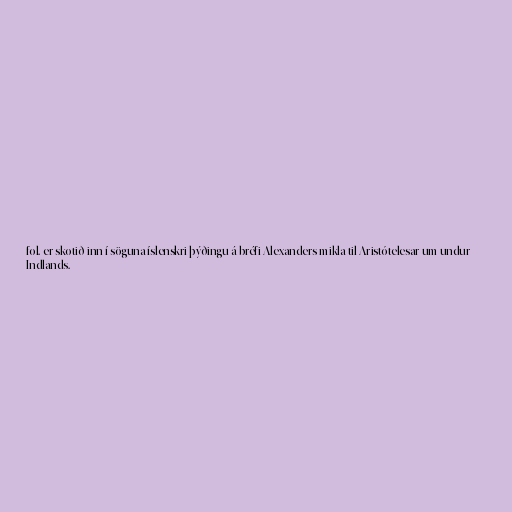
fol. er skotið inn í söguna íslenskri þýðingu á bréfi Alexanders mikla til Aristótelesar um undur
Indlands.